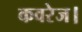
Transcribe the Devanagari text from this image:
कवरेज।